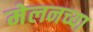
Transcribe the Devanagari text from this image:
मेलनच्या